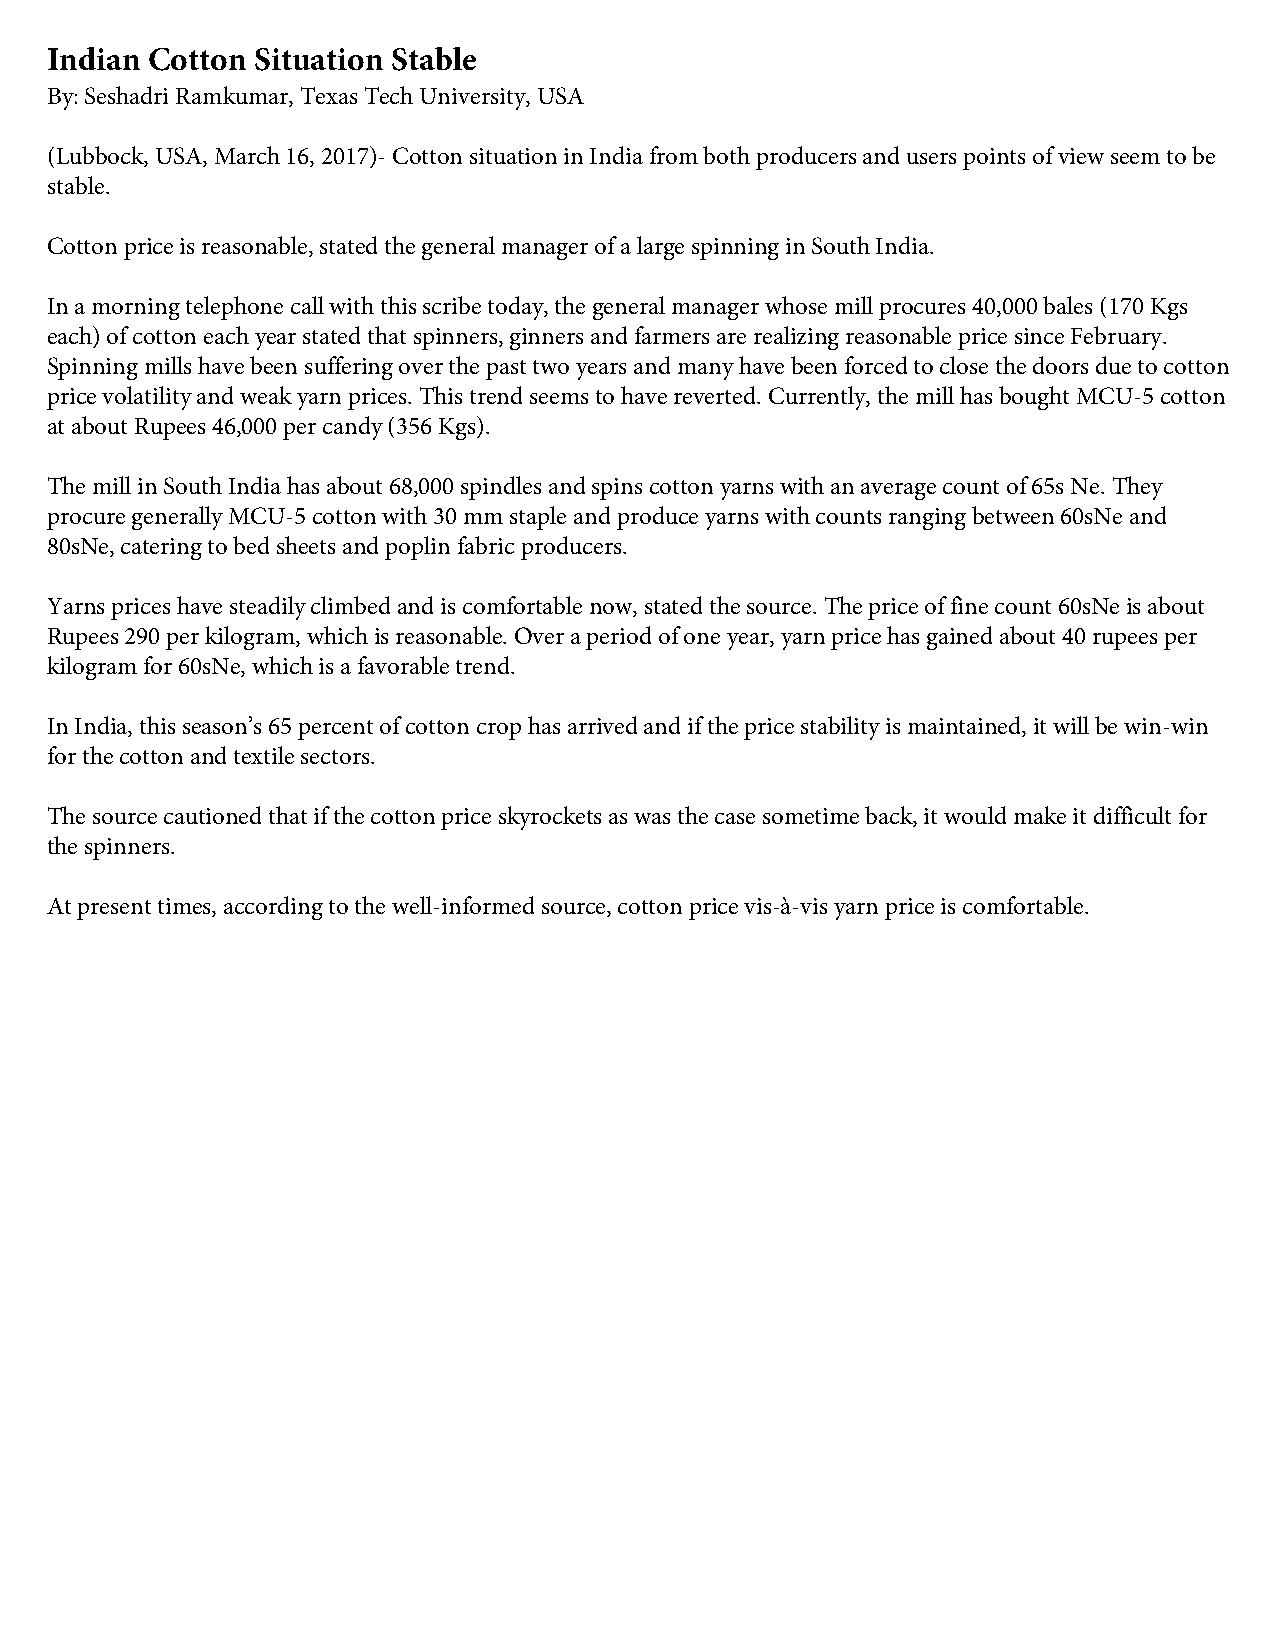
Indian Cotton Situation Stable
 By: Seshadri Ramkumar, Texas Tech University, USA
 (Lubbock, USA, March 16, 2017)- Cotton situation in India from both producers and users points of view seem to be
 stable.
 Cotton price is reasonable, stated the general manager of a large spinning in South India.
 In a morning telephone call with this scribe today, the general manager whose mill procures 40,000 bales (170 Kgs
 each) of cotton each year stated that spinners, ginners and farmers are realizing reasonable price since February.
 Spinning mills have been suffering over the past two years and many have been forced to close the doors due to cotton
 price volatility and weak yarn prices. This trend seems to have reverted. Currently, the mill has bought MCU-5 cotton
 at about Rupees 46,000 per candy (356 Kgs).
 The mill in South India has about 68,000 spindles and spins cotton yarns with an average count of 65s Ne. They
 procure generally MCU-5 cotton with 30 mm staple and produce yarns with counts ranging between 60sNe and
 80sNe, catering to bed sheets and poplin fabric producers.
 Yarns prices have steadily climbed and is comfortable now, stated the source. The price of fine count 60sNe is about
 Rupees 290 per kilogram, which is reasonable. Over a period of one year, yarn price has gained about 40 rupees per
 kilogram for 60sNe, which is a favorable trend.
 In India, this season’s 65 percent of cotton crop has arrived and if the price stability is maintained, it will be win-win
 for the cotton and textile sectors.
 The source cautioned that if the cotton price skyrockets as was the case sometime back, it would make it difficult for
 the spinners.
 At present times, according to the well-informed source, cotton price vis-à-vis yarn price is comfortable.